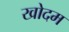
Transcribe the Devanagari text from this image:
खोदम